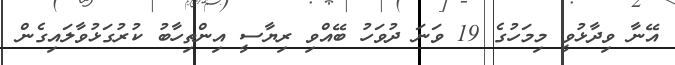
އޭނާ ވިދާޅުވީ މިމަހުގެ 19 ވަނަ ދުވަހު ބޭއްވި ރިޔާސީ އިންތިހާބު ކުރުގަޅުވާލައިގެން